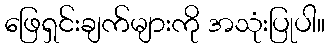
ဖြေရှင်းချက်များကို အသုံးပြုပါ။